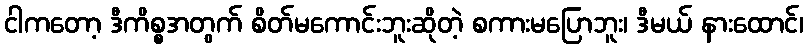
ငါကတော့ ဒီကိစ္စအတွက် စိတ်မကောင်းဘူးဆိုတဲ့ စကားမပြောဘူး၊ ဒီမယ် နားထောင်၊